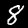
Label: 8